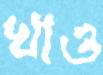
খাও